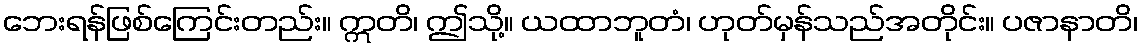
ဘေးရန်ဖြစ်ကြေင်းတည်း။ ဣတိ၊ ဤသို့။ ယထာဘူတံ၊ ဟုတ်မှန်သည်အတိုင်း။ ပဇာနာတိ၊